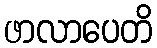
ဖာလာပေတိ